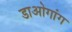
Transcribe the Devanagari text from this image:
डाओगांग